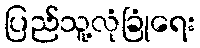
ပြည်သူ့လုံခြုံရေး